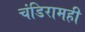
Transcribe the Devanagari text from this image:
चंडिरामही